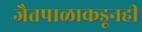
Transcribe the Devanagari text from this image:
जैतपाळाकडूनही